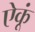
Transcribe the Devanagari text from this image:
ऐकूं